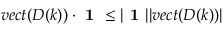
v e c t ( D ( k ) ) \cdot \textbf { 1 } \leq | \textbf { 1 } | | v e c t ( D ( k ) ) |